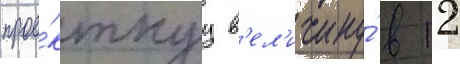
прое́ктнуу в'ел'ичину́ в 12